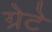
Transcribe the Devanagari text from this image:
ग्रेटे